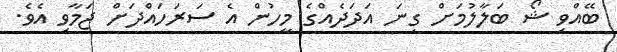
ބޭއްވި ޝޯ ބަލާލުމަށް ގިނަ އަދަދެއްގެ މީހުން އެ ސަރަހައްދަށް ޖަމާވި އެވެ.